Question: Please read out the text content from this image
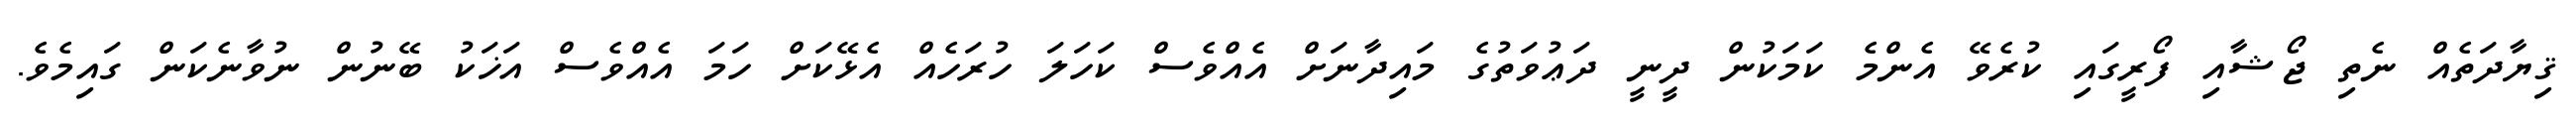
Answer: ޤިޔާދަތެއް ނެތި ޖޯޝާއި ފޯރީގައި ކުރެވޭ އެންމެ ކަމަކުން ދީނީ ދަޢުވަތުގެ މައިދާނަށް އެއްވެސް ކަހަލަ ހުރަހެއް އެޅޭކަށް ހަމަ އެއްވެސް އަޚަކު ބޭނުން ނުވާނެކަން ގައިމެވެ.